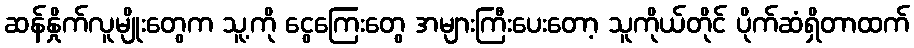
ဆန်နှိုက်လူမျိုးတွေက သူ့ကို ငွေကြေးတွေ အများကြီးပေးတော့ သူကိုယ်တိုင် ပိုက်ဆံရှိတာထက်